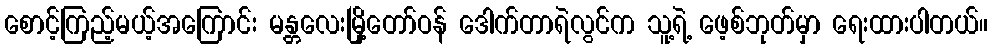
စောင့်ကြည့်မယ့်အကြောင်း မန္တလေးမြို့တော်ဝန် ဒေါက်တာရဲလွင်က သူ့ရဲ့ ဖေ့စ်ဘုတ်မှာ ရေးထားပါတယ်။